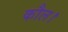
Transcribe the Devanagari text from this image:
कौल।